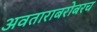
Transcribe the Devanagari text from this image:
अवताराबरोबरच